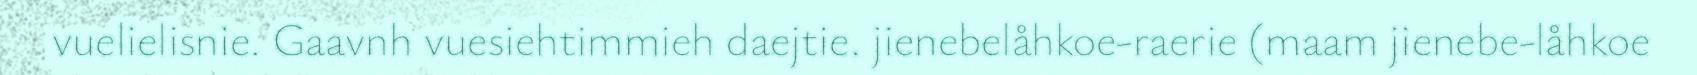
vuelielisnie. Gaavnh vuesiehtimmieh daejtie. jienebelåhkoe-raerie (maam jienebe-låhkoe